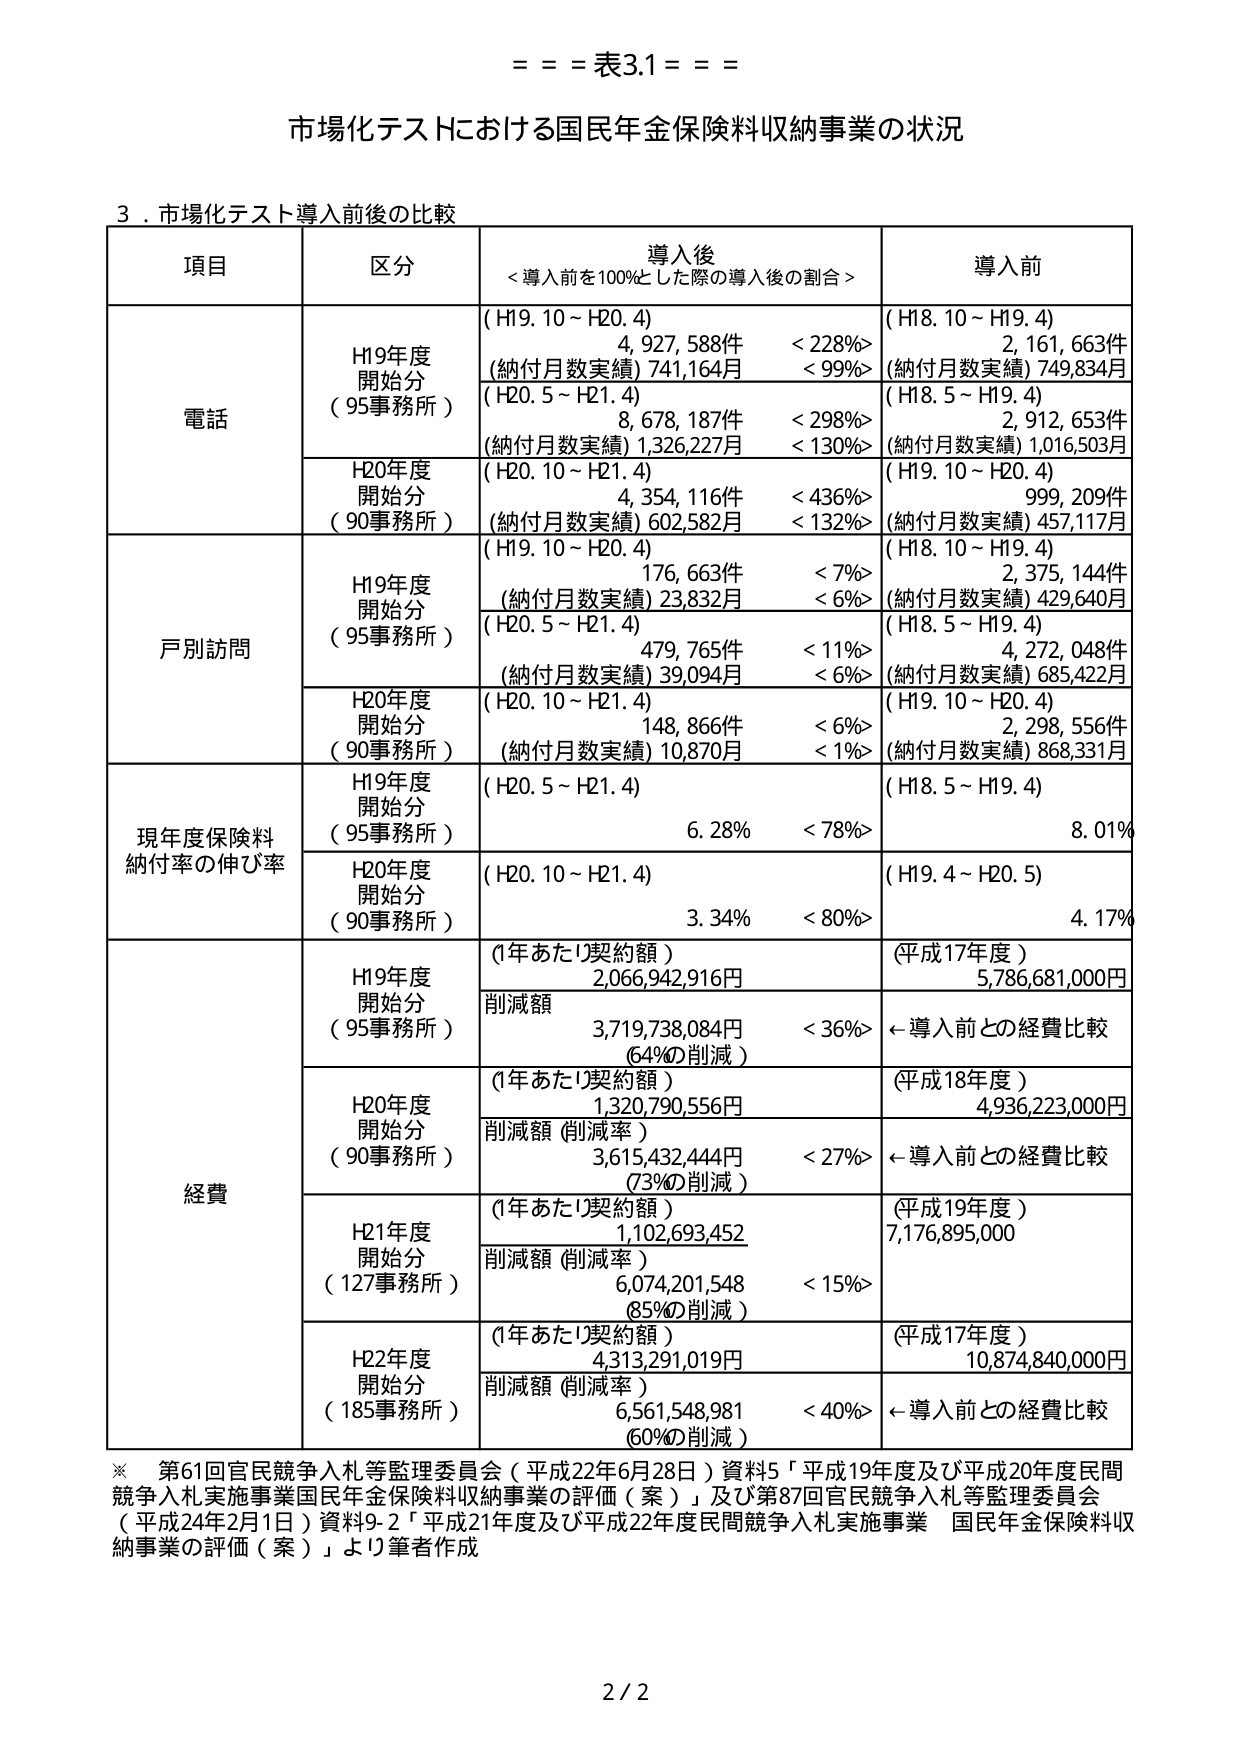
= = = 表3.1 = = =

市場化テストにおける国民年金保険料収納事業の状況

3．市場化テスト導入前後の比較

項目 区分 導入後 <導入前を100%とした際の導入後の割合> 導入前

電話 H19年度 開始分 （95事務所） (H19.10～H20.4) 4,927,588件 <228%> (納付月数実績) 741,164月 <99%> (H18.10～H19.4) 2,161,663件 (納付月数実績) 749,834月 (H20.5～H21.4) 8,678,187件 <298%> (納付月数実績) 1,326,227月 <130%> (H18.5～H19.4) 2,912,653件 (納付月数実績) 1,016,503月 H20年度 開始分 （90事務所） (H20.10～H21.4) 4,354,116件 <436%> (納付月数実績) 602,582月 <132%> (H19.10～H20.4) 999,209件 (納付月数実績) 457,117月

戸別訪問 H19年度 開始分 （95事務所） (H19.10～H20.4) 176,663件 <7%> (納付月数実績) 23,832月 <6%> (H18.10～H19.4) 2,375,144件 (納付月数実績) 429,640月 (H20.5～H21.4) 479,765件 <11%> (納付月数実績) 39,094月 <6%> (H18.5～H19.4) 4,272,048件 (納付月数実績) 685,422月 H20年度 開始分 （90事務所） (H20.10～H21.4) 148,866件 <6%> (納付月数実績) 10,870月 <1%> (H19.10～H20.4) 2,298,556件 (納付月数実績) 868,331月

現年度保険料 納付率の伸び率 H19年度 開始分 （95事務所） (H20.5～H21.4) 6.28% <78%> (H18.5～H19.4) 8.01% H20年度 開始分 （90事務所） (H20.10～H21.4) 3.34% <80%> (H19.4～H20.5) 4.17%

経費 H19年度 開始分 （95事務所） (1年あたり契約額) 2,066,942,916円 削減額 3,719,738,084円 (64%の削減) <36%> ←導入前との経費比較 (平成17年度) 5,786,681,000円 H20年度 開始分 （90事務所） (1年あたり契約額) 1,320,790,556円 削減額 (削減率) 3,615,432,444円 (73%の削減) <27%> ←導入前との経費比較 (平成18年度) 4,936,223,000円 H21年度 開始分 （127事務所） (1年あたり契約額) 1,102,693,452 削減額 (削減率) 6,074,201,548 (85%の削減) <15%> (平成19年度) 7,176,895,000 H22年度 開始分 （185事務所） (1年あたり契約額) 4,313,291,019円 削減額 (削減率) 6,561,548,981 (60%の削減) <40%> ←導入前との経費比較 (平成17年度) 10,874,840,000円

※ 第61回官民競争入札等監理委員会（平成22年6月28日）資料5「平成19年度及び平成20年度民間競争入札実施事業国民年金保険料収納事業の評価（案）」及び第87回官民競争入札等監理委員会（平成24年2月1日）資料9-2「平成21年度及び平成22年度民間競争入札実施事業 国民年金保険料収納事業の評価（案）」より筆者作成

2 / 2